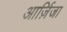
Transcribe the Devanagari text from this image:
आर्ज़िजा